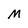
Character: M